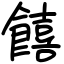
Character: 饎